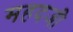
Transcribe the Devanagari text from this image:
महदजी